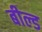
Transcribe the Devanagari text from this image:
बील्ड